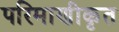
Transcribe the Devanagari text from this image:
परिमाणीकृत